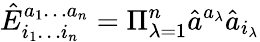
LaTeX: \hat{E}_{i_{1}\ldots i_{n}}^{a_{1}\ldots a_{n}}=\Pi_{\lambda=1}^{n}\hat{a}^{a_{\lambda}}\hat{a}_{i_{\lambda}}